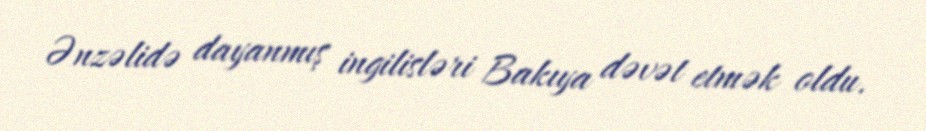
Ənzəlidə dayanmış ingilisləri Bakıya dəvət etmək oldu.